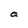
Character: a